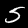
Digit: 5